Trukikaitis_Postimees, lk 169
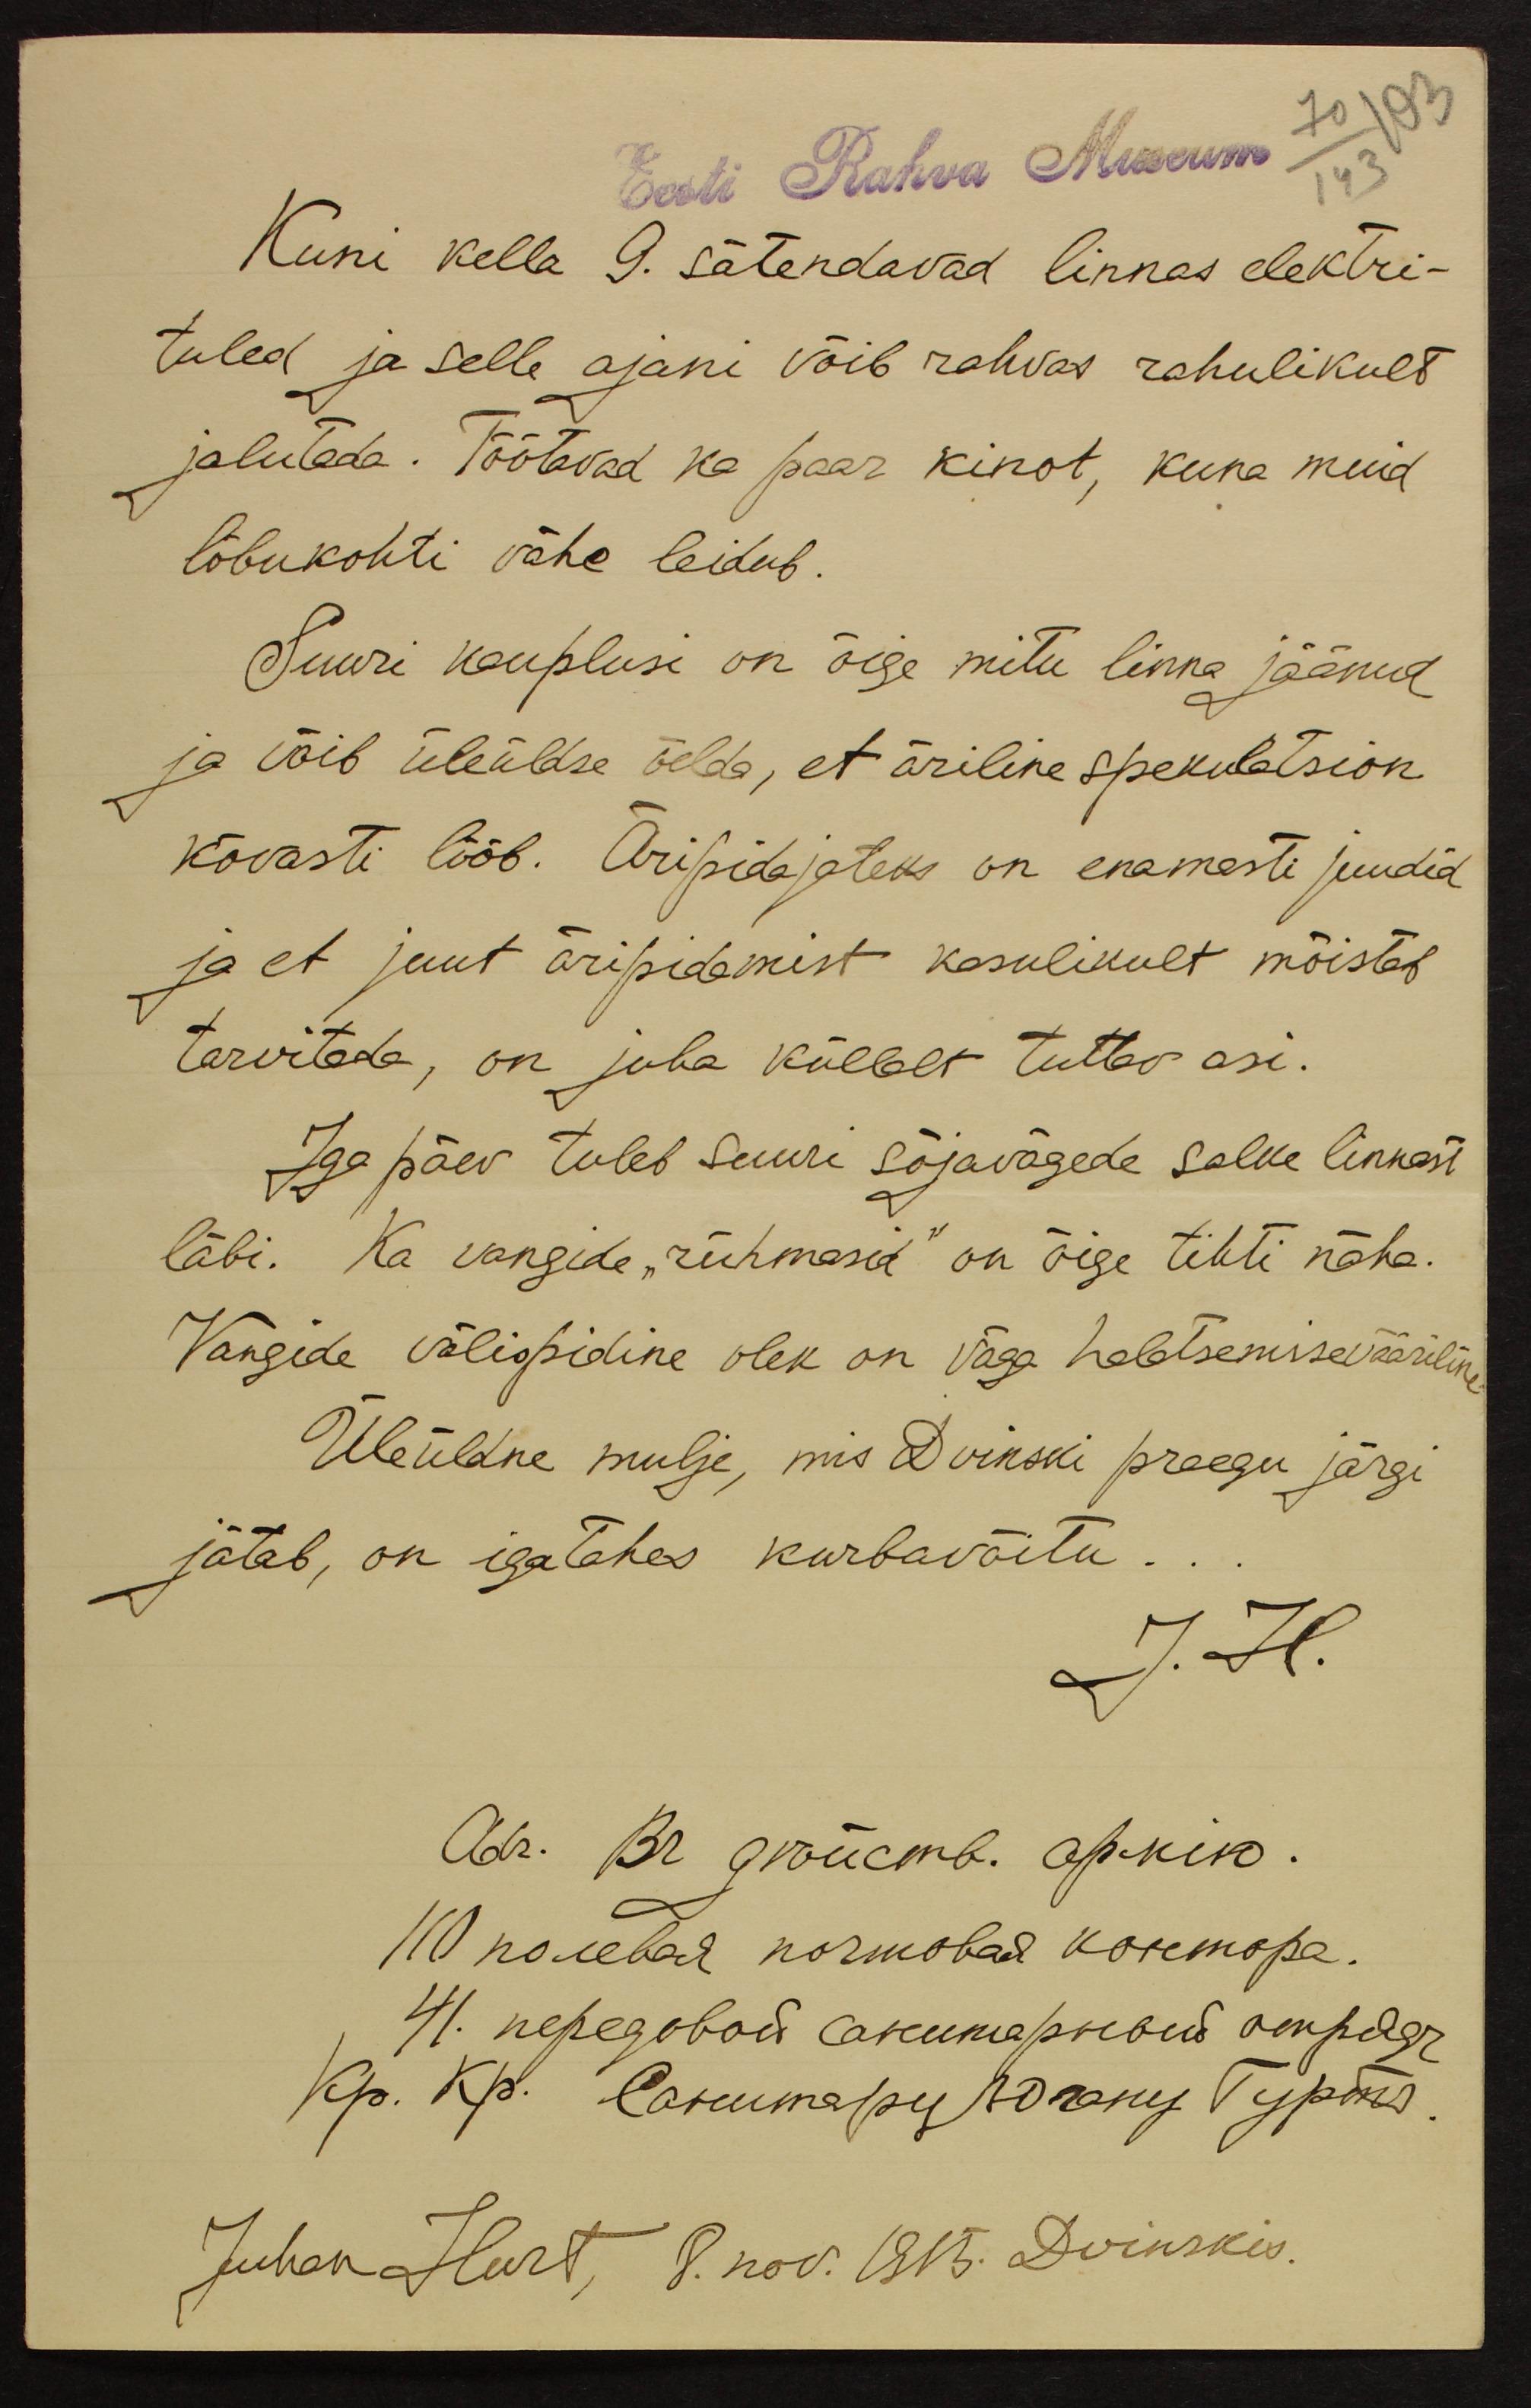
Eest Rahva Museum
Kuni kella 9. sätendavad linnas elektri-
tuled ja selle ajani võib rahvas rahulikult
jalutada. Töötavad ka paar kinot, kuna muid
lõbukohti vähe leidub.
Suuri kauplusi on õige mitu linna jäänud.
ja võib üleüldse öelda, et äriline spekulatsion
kõvasti lööb. Äripidajateks on enamasti juudid
ja et juut äripidamist kasulikult mõistab
tarvitada, on juba küllalt tuttav asi.
Iga päev tuleb suuri sõjavägede salke linnast
läbi. Ka vangide "rühmasid" on õige tihti näha.
Vangide välispidine olek on väga haletsemisevääriline.
Üleüldne mulje, mis Diviski praegu järgi
jätab, on igatahes kurbavõitu.
J. H.
Juhan Hurt, 8. nov. 1915. Divinkis.